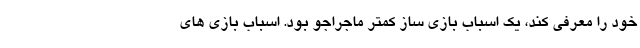
خود را معرفی کند، یک اسباب بازی ساز کمتر ماجراجو بود. اسباب بازی های